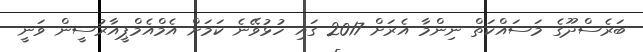
ބަރެސްދޫގެ މަސައްކަތް ނިންމާ އެރަށް 2017 ގައި ހުޅުވޭނެ ކަމަށް އެމްއެމްޕީއާރުސީން ވަނީ